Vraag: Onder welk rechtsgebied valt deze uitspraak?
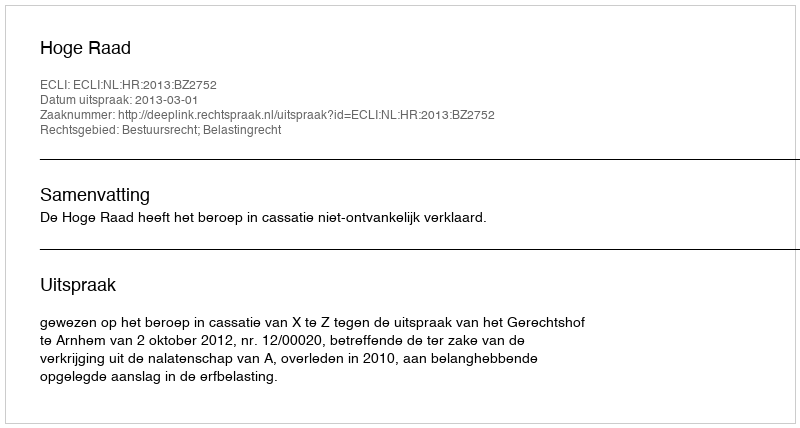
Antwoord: Bestuursrecht; Belastingrecht